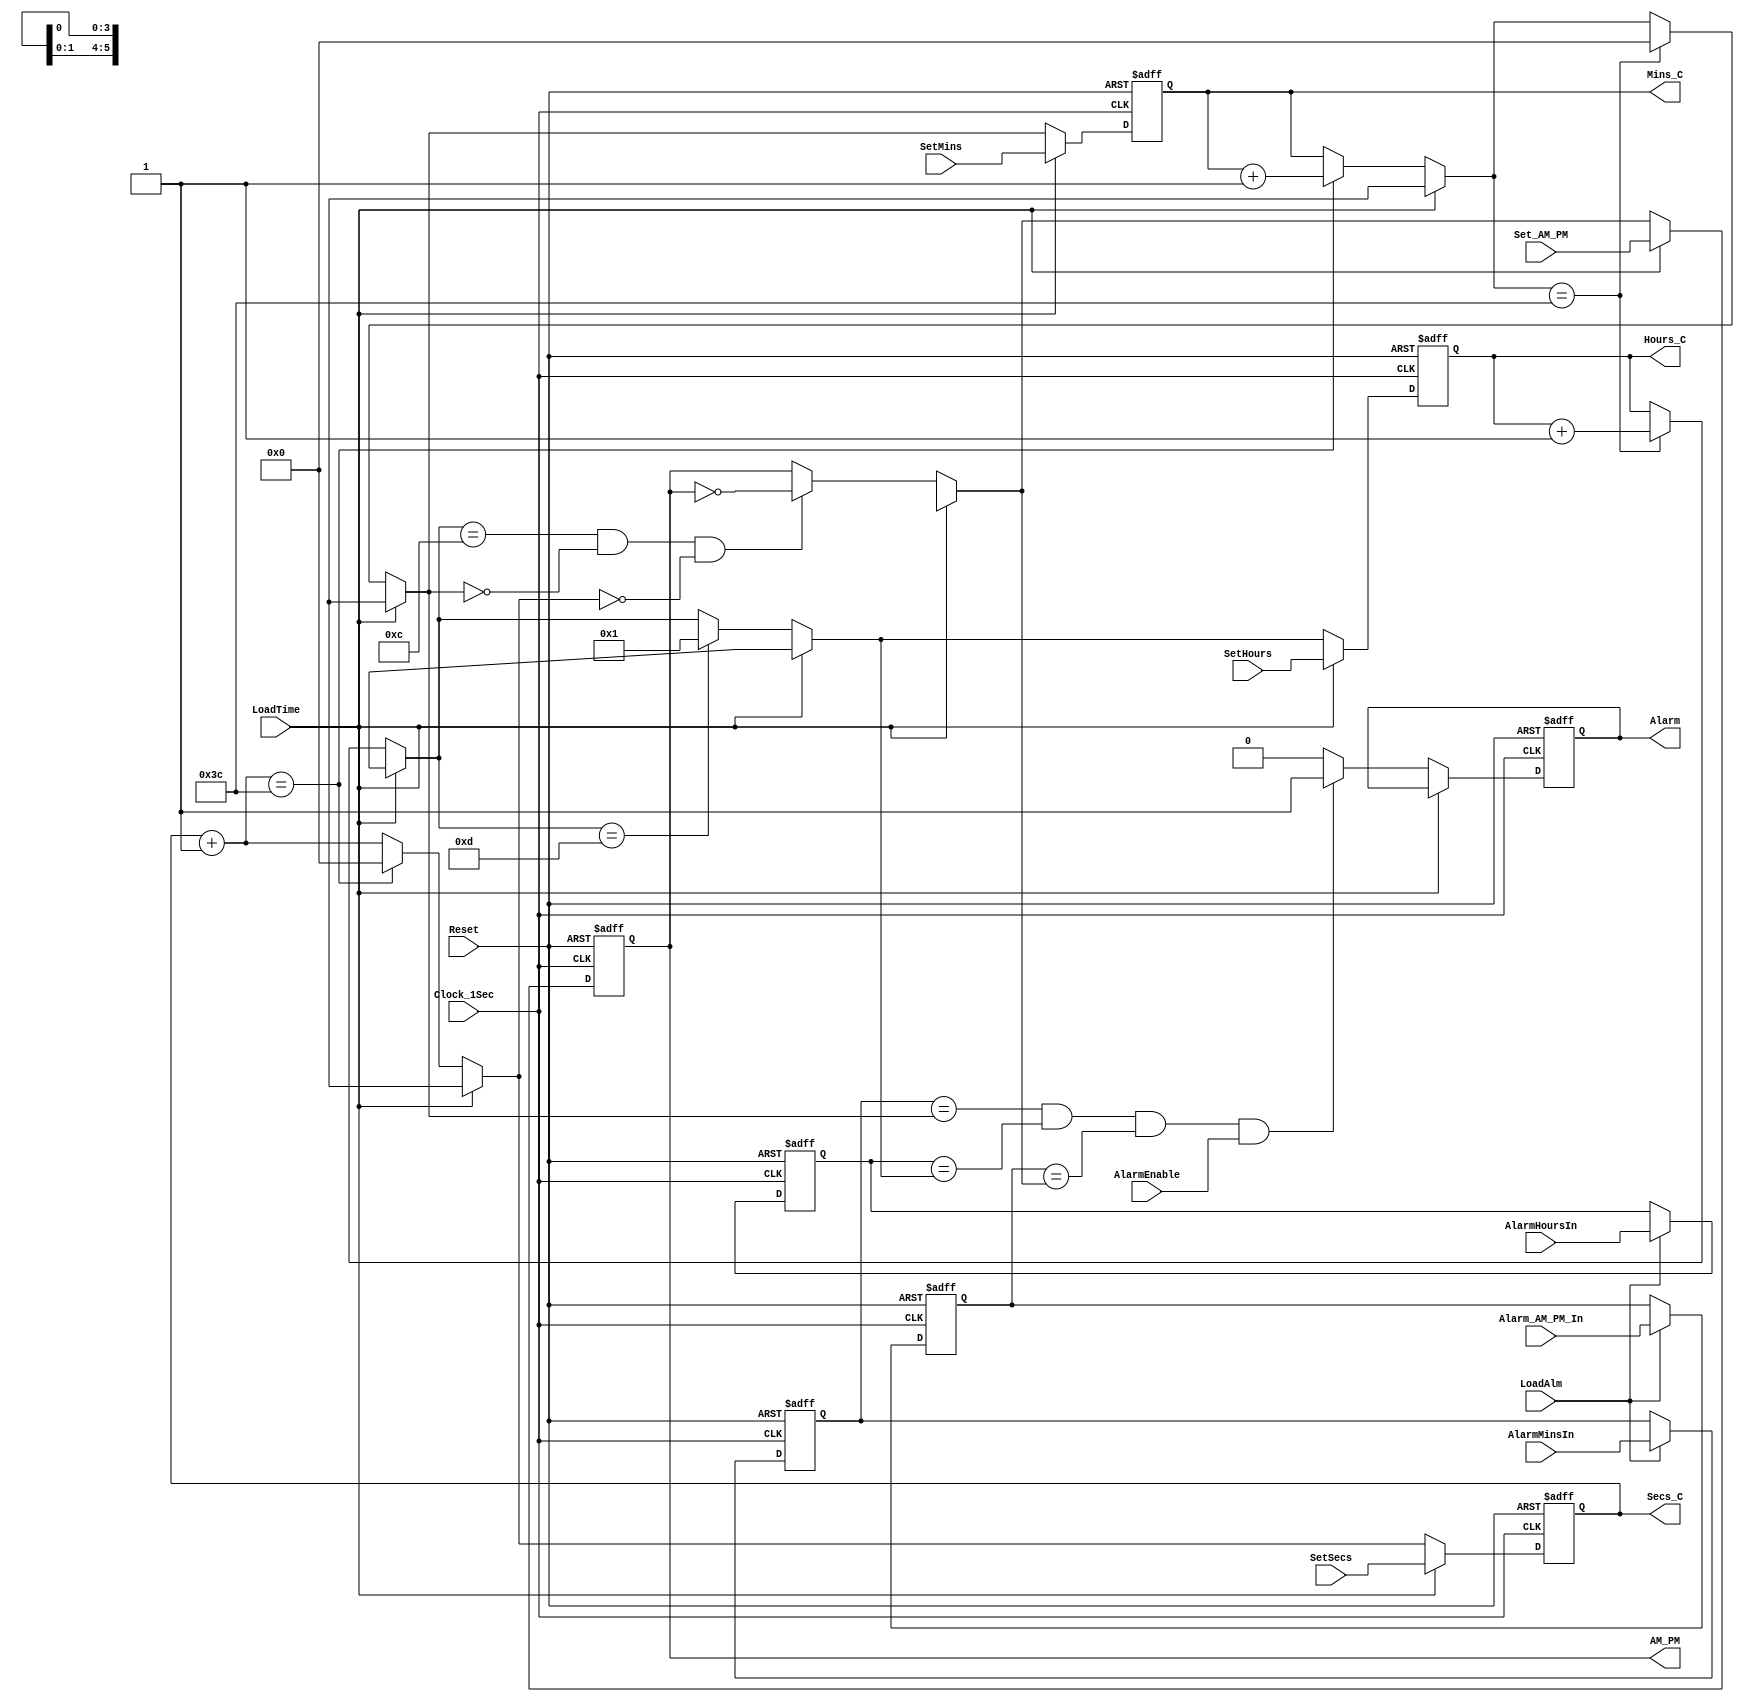
module alarm_clk(
    output reg AM_PM, Alarm,
    output reg [5:0] Secs_C,
    output reg [5:0] Mins_C,
    output reg [3:0] Hours_C,
    input Clock_1Sec, Reset,
    input LoadTime, LoadAlm,
    input Set_AM_PM, Alarm_AM_PM_In, AlarmEnable,
	input [5:0] SetSecs, SetMins, AlarmMinsIn,
    input [3:0] SetHours, AlarmHoursIn
);

    reg [5:0] AlarmMins;
    reg [3:0] AlarmHours;
    reg Alarm_AM_PM;

    always @(posedge Clock_1Sec, negedge Reset) begin
        if (!Reset) begin
            // Initialise output reg
            Secs_C = 6'd0;
            Mins_C = 6'd0;
            Hours_C = 4'd12;
            // Initialise Alarm Time
            AlarmMins = 6'd0;
            AlarmHours = 4'd0;
            Alarm_AM_PM = 1'b0;
            // Initialise others
            AM_PM = 1'b1;
            Alarm = 1'b0;
        end
        else begin
            if (LoadAlm) begin
                    AlarmMins <= AlarmMinsIn;
                    AlarmHours <= AlarmHoursIn;
                    Alarm_AM_PM <= Alarm_AM_PM_In;
            end
            // No operation
            if (LoadTime) begin
                Secs_C <= SetSecs;
                Mins_C <= SetMins;
                Hours_C <= SetHours;
                AM_PM <= Set_AM_PM;
            end
            // Clock operation
            else begin
                Secs_C =   Secs_C + 1;
                if (Secs_C == 6'd60) begin
                    Secs_C = 6'd0;
                    Mins_C = Mins_C + 1;
                end
                if (Mins_C == 6'd60) begin
                    Mins_C = 6'd0;
                    Hours_C = Hours_C + 1;
                end
                if (Hours_C == 4'd12 && Mins_C == 6'd0 && Secs_C == 6'd0) AM_PM = ~AM_PM;
                if (Hours_C == 4'd13) begin
                    Hours_C = 4'd1;
                end
                if (AlarmMins == Mins_C && AlarmHours == Hours_C && Alarm_AM_PM == AM_PM && AlarmEnable) begin
                    Alarm <= 1'b1;
                end
                else Alarm <= 1'b0;

            end
        end
    end

endmodule